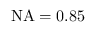
\mathrm { N A } = 0 . 8 5